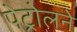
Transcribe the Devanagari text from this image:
पेट्रोलने